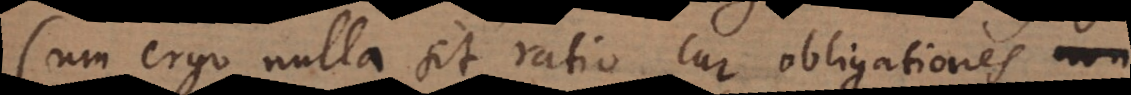
Cum ergo nulla sit ratio cur obligationes